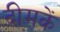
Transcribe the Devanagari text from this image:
दीमकें